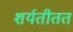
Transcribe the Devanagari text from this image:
शर्यतीतत